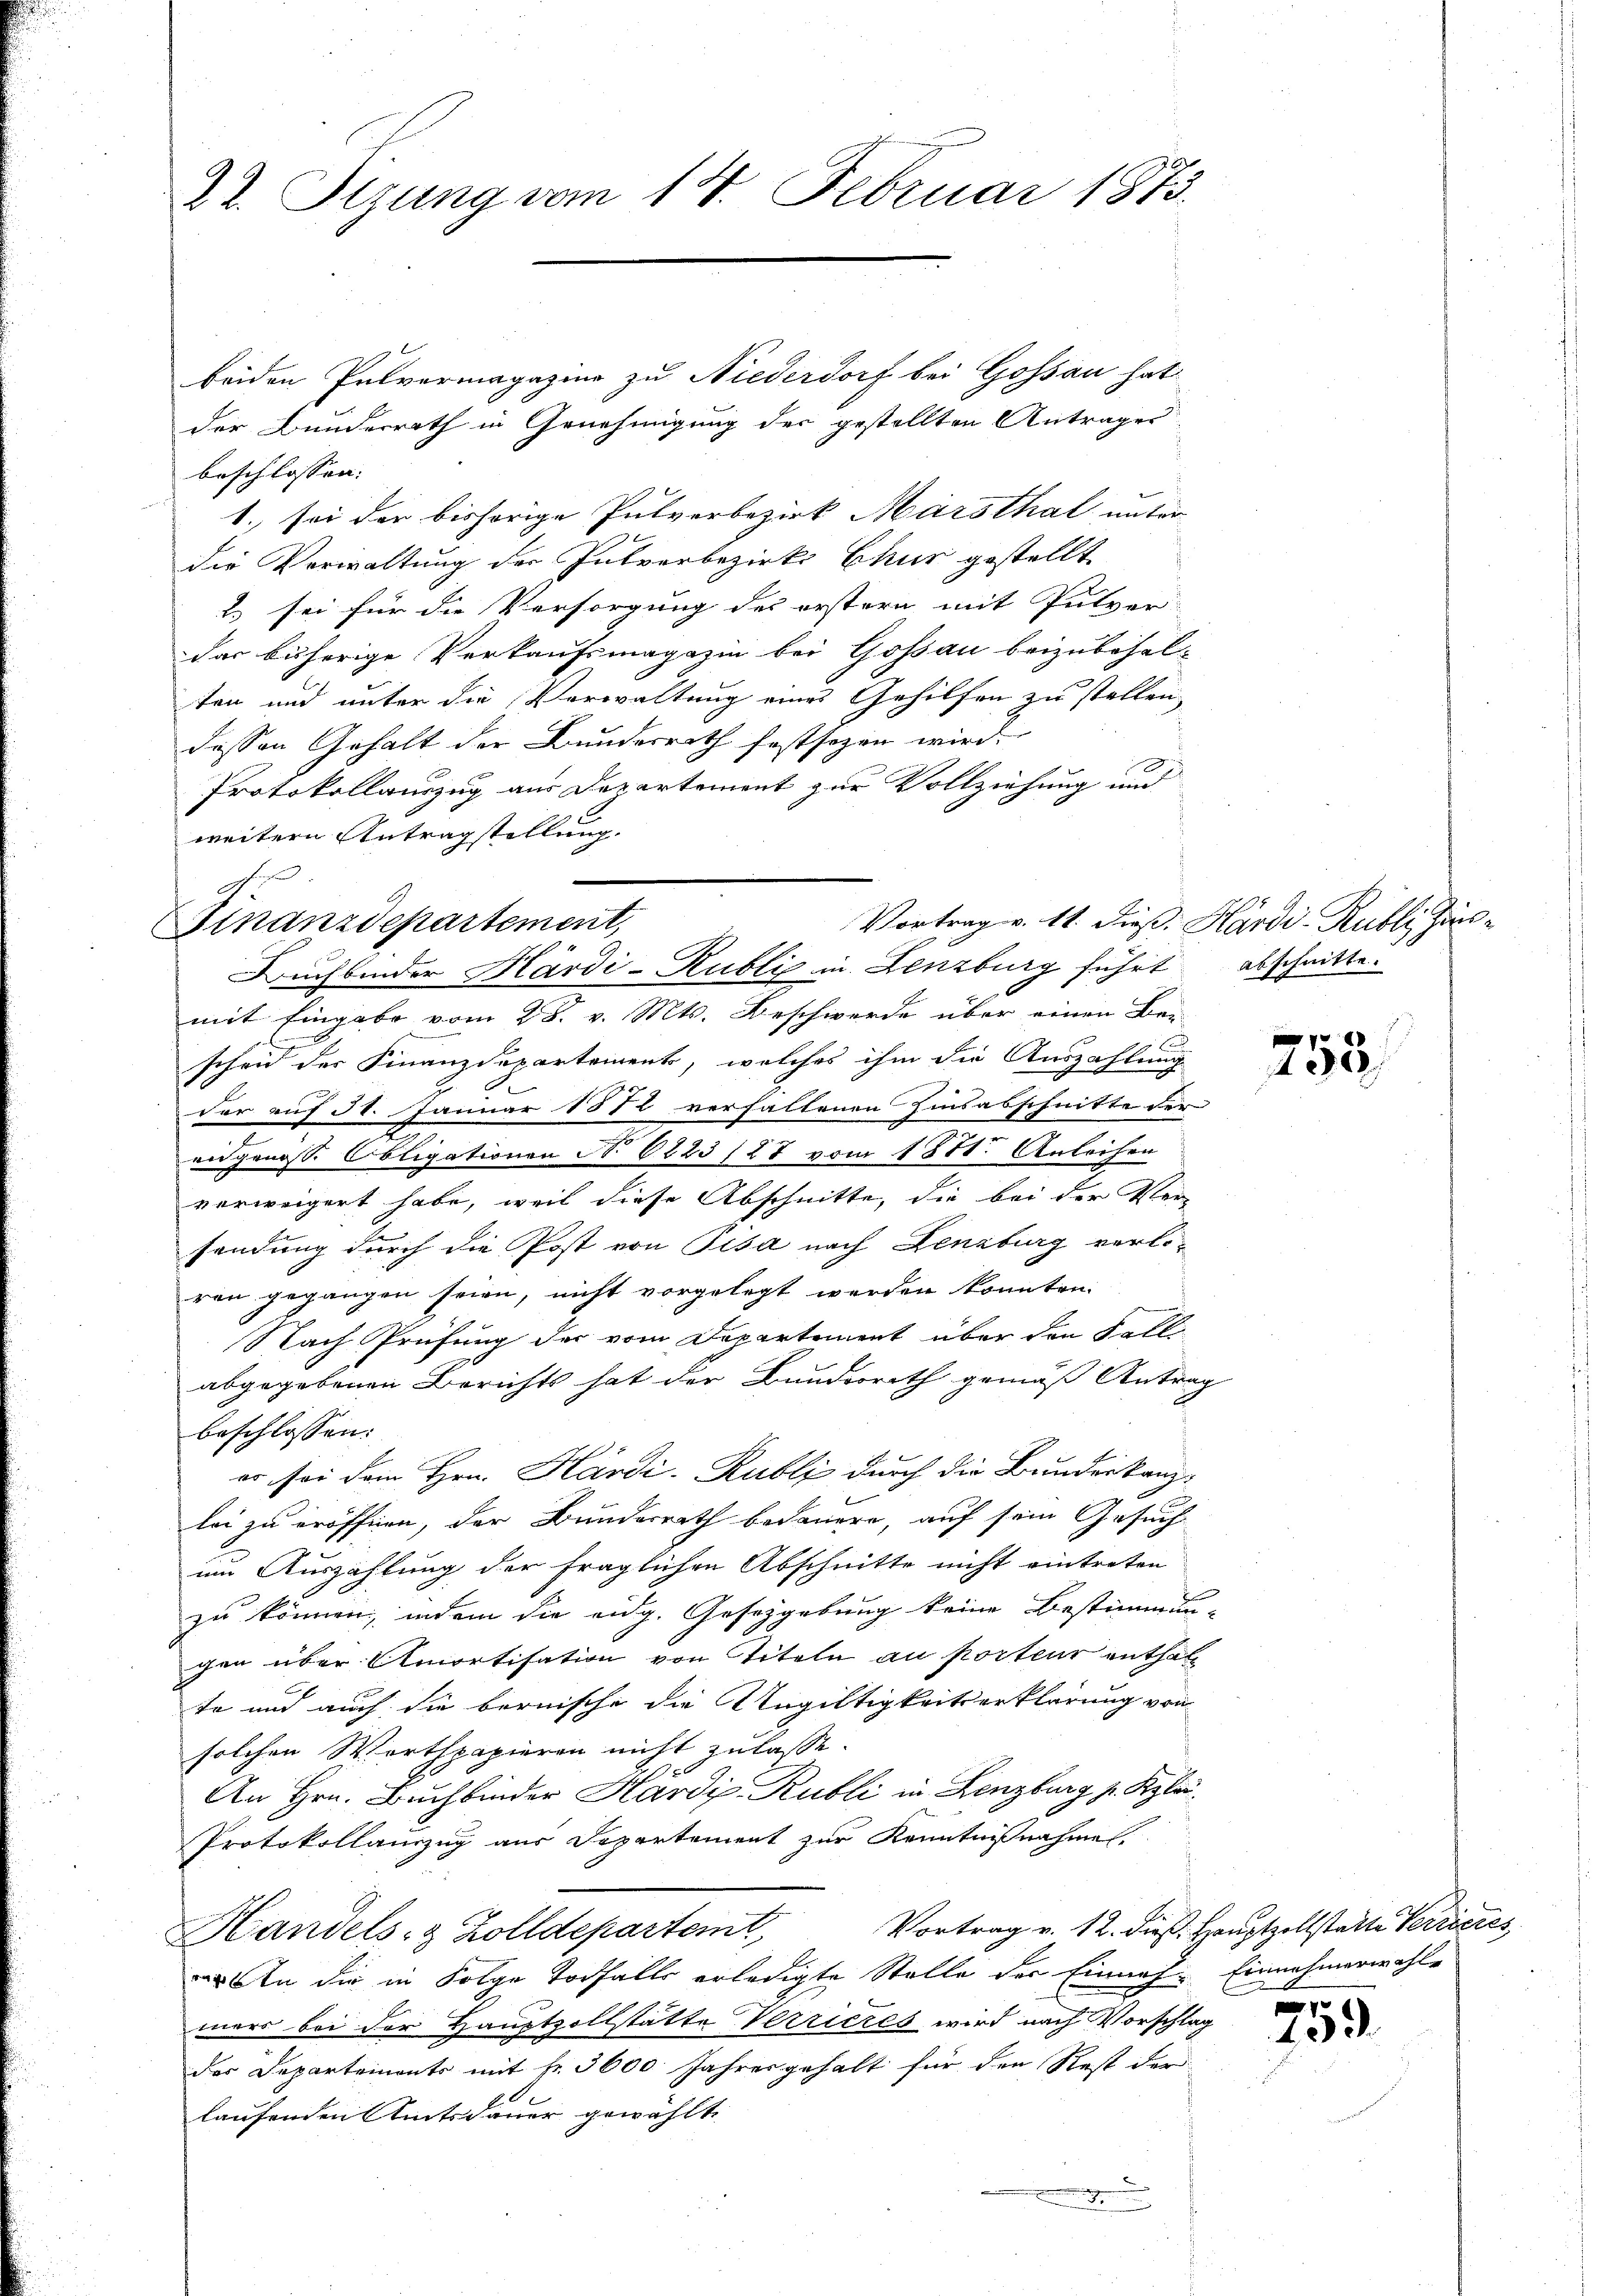
22. Sizung vom 14. Februar 1873.

beiden Pulvermagazine zu Niederdorf bei Gossau hat
der Bundesrath in Genehmigung der gestellten Antrages
beschlossen:
1. sei der bishörige Pulverbezirk Marsthal unter
die Verwaltung der Interbezirks Chur gestellt
2.) sei für die Versorgung des erstern mit Pulver-
das bisherige Verkaufsmagazin bei Goßau beizubehal-
ten und unter die Verwaltung eines Gehilfen zu stellen,
dessen Gehalt der Bundesrath festsezen wird.
Protokollauszug aus Departement zur Vollziehung und
weitern Antragstellung.
A

Vortrag v. 11. Dies.
Finanzdepartement,
Buchbinder Härdi-Rubli in Lenzburg führt

mit Eingabe vom 28. v. Mts. Beschwerde über einen Be-
scheid der Finanzdepartements, welches ihm die Auszahlung
der auf 30. Januar 1872 verhaltenen Zinsabschnitte der
eidgenoss. Obligationen No 6223/27 vom 1871. Anleihen
verweigert habe, weil diese Abschnitte, die bei der Versendung durch die Post von Pisa nach Lenzburg verleren gegangen seien, nicht vorgelegt werden konnten.
Nach Prüfung der vom Departement über den Fall
abgegebenen Berichts hat der Bundesrath gemäß Antrag
beschlossen:
er sei dem Hrn. Kardi-Rubli durch die Bundeskanz-
lei zu eröffnen, der Bundesrath bedauern, auf sein Gesuch
um Auszahlung der fraglichen Abschnitte nicht eintreten
zu können, indem die eidg. Gesetzgebung keine Bestimmun-
gen über Amortisation von Titeln au porteur enthalt
te und auch die bernische die Ungültigkeitserklärung von
solchen Werthpapieren nicht zulasse.
An Hrn. Buchbinder Hardi Rubli in Lenzburg p. Klar
Protokollauszug aus Departement zur Kenntnißnahmen.
Vortrag v. 12. dieß. Hauptzollstatte Verrieres
Handels- & Zolldepartemt,
 In die in Folge Todfalls erledigte Stelle der Einnah- Einnahmerwahl-
mars bei der Hauptzollstätte Verrieres wird nach Vorschlag
der Departemonts mit fr. 3600 Jahresgehalt für den Rest der
laufenden Amtsdauer gewählt

Härdi-Rubli, Zins
abschnitte.

f
402/

259